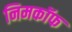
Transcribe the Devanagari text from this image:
निमकॉफ